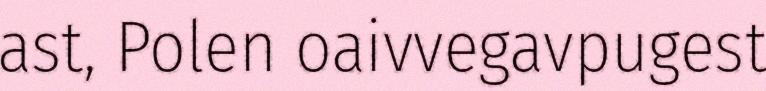
ast, Polen oaivvegavpugest